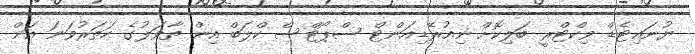
ޔުނައިޓެޑް ވިކްޓްރީ ބަލިކޮށް ނިއުރޭޑިއަންޓް ސްޕޯޓްސް ކްލަބް އިން ތާވަލުގެ ހަތަރުވަނަ އަށް